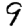
Digit: 9